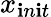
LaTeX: x_{\mathbf{i}n\mathbf{i}t}